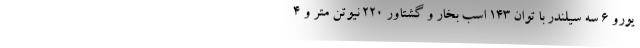
یورو ۶ سه سیلندر با توان ۱۴۳ اسب بخار و گشتاور ۲۲۰ نیوتن متر و ۴